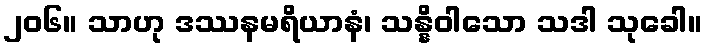
၂၀၆။ သာဟု ဒဿနမရိယာနံ၊ သန္နိဝါသော သဒါ သုခေါ။